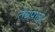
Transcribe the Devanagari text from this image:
तंत्रपाल